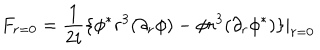
F _ { r = 0 } = \frac { 1 } { 2 i } \lbrace \phi ^ { \ast } r ^ { 3 } ( \partial _ { r } \phi ) - \phi r ^ { 3 } ( \partial _ { r } \phi ^ { \ast } ) \rbrace | _ { r = 0 }